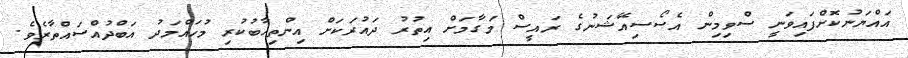
އައްޔަނުކޮށްފައިވަނީ ސްވިމިން އެސޯސިއޭޝަނުގެ ރައީސް މަގާމަށް އިތުރު ދައުރަކަށް އިންތިހާބުކުރި މުހައްމަދު އަބްދުއްސައްތާރެވެ.